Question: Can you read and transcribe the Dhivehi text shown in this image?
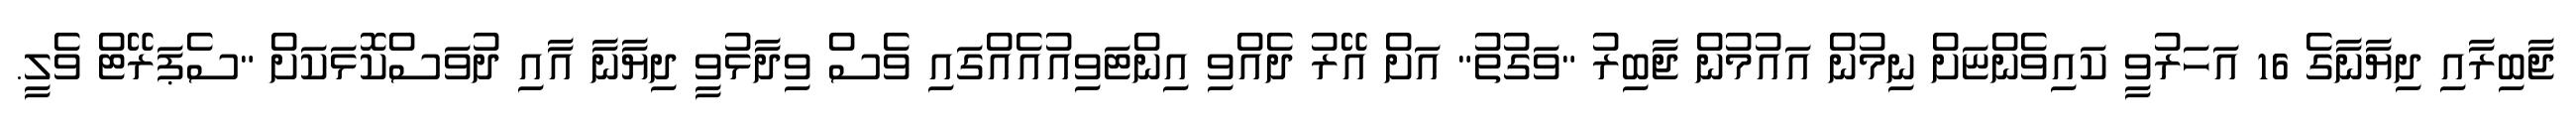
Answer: ޖާބިރާއި ދިޔާނާގެ 16 އަހަރުވީ ކައިވެންޏަށް ނިމުން އައުމުން ޖާބިރު "ވަގުތު" އަށް އޭރު ދެއްވި އިންޓަވިއުއެއްގައި ވެސް ވިދާޅުވީ ދިޔާނާ އާއި ދުވަސްކޮޅަކަށް "ސެޕަރޭޓް ވެލީ.